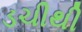
ડચીથી